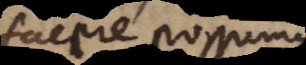
cere possumus,